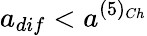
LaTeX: a_{dif}<a^{(5)_{Ch}}